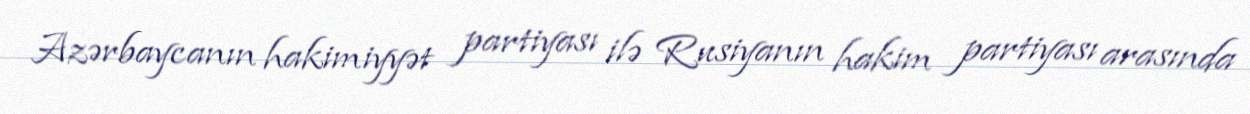
Azərbaycanın hakimiyyət partiyası ilə Rusiyanın hakim partiyası arasında